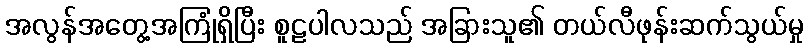
အလွန်အတွေ့အကြုံရှိပြီး စူဠပါလသည် အခြားသူ၏ တယ်လီဖုန်းဆက်သွယ်မှု